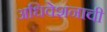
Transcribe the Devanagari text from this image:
अधिवेशनाची